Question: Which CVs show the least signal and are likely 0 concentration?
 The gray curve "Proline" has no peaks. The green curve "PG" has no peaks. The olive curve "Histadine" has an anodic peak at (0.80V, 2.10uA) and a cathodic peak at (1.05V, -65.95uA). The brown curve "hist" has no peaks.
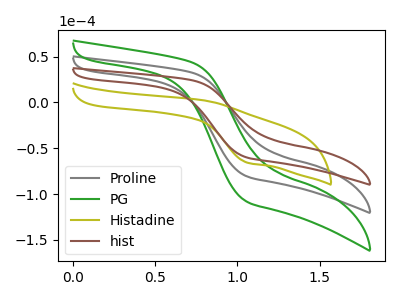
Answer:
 <answer>"Proline", "PG" and "hist" are likely to be blanks.</answer>
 <eval>"Proline", "PG", "hist"</eval>